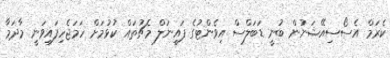
ކެރަމް އެސޯސިއޭޝަނުން ބުނީ ޑަބަލްސް އިވެންޓުގެ ފައިނަލް މެޗުތައް ކުޅުމަށް ހަމަޖެހިފައިވަނީ މާދަމާ